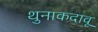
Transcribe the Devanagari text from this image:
थुनाकदावू